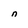
Character: n